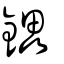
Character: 鑘